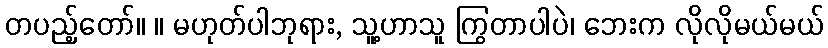
တပည့်တော်။ ။ မဟုတ်ပါဘုရား, သူ့ဟာသူ ကြွတာပါပဲ၊ ဘေးက လိုလိုမယ်မယ်